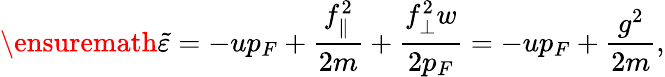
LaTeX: \ensuremath{\widetilde{\varepsilon}}=-up_{F}+\frac{f_{\parallel}^{2}}{2m}+\frac{f_{\perp\vphantom{\parallel}}^{2}w}{2p_{F}}=-up_{F}+\frac{g^{2}}{2m},